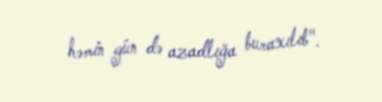
həmin gün də azadlığa buraxılıb".